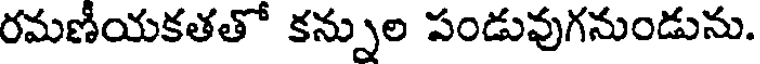
రమణీయకతతో కన్నుల పండువుగనుండును.